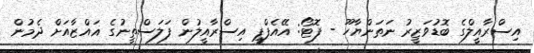
އިސްރާއީލްގެ ބޮޑުވަޒީރު ނަތަންޔާހޫ - ފޮޓޯ: އޭއެފްޕީ އިސްރާއީލުން ފަލަސްތީނުގެ ޣައްޒާއަށް ދެމުން